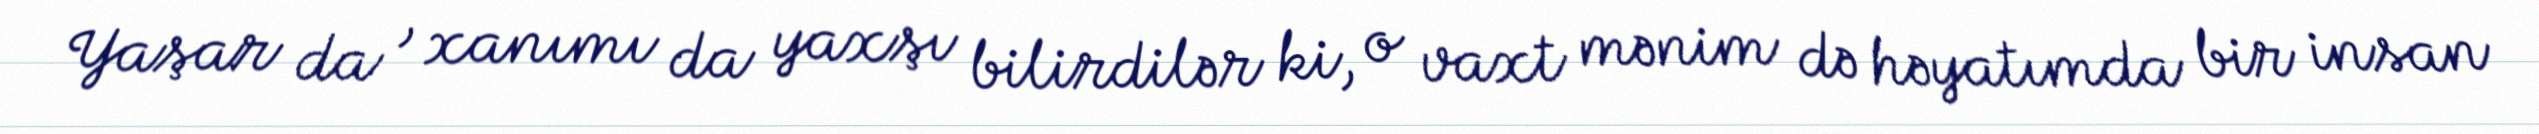
Yaşar da , xanımı da yaxşı bilirdilər ki, o vaxt mənim də həyatımda bir insan